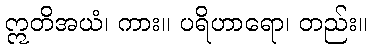
ဣတိအယံ၊ ကား။ ပရိဟာရော၊ တည်း။